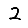
Digit: 2